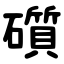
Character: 礩